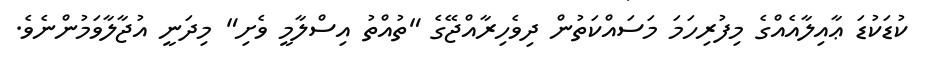
ކުޑަކުޑަ ޢާއިލާއެއްގެ މިފުރިހަމަ މަސައްކަތުން ދިވެހިރާއްޖޭގެ "ތުއްތު އިސްލާމީ ވެށި" މިދަނީ އުޖާލާވަމުންނެވެ.